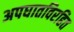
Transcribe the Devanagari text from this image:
अपघातविरहित